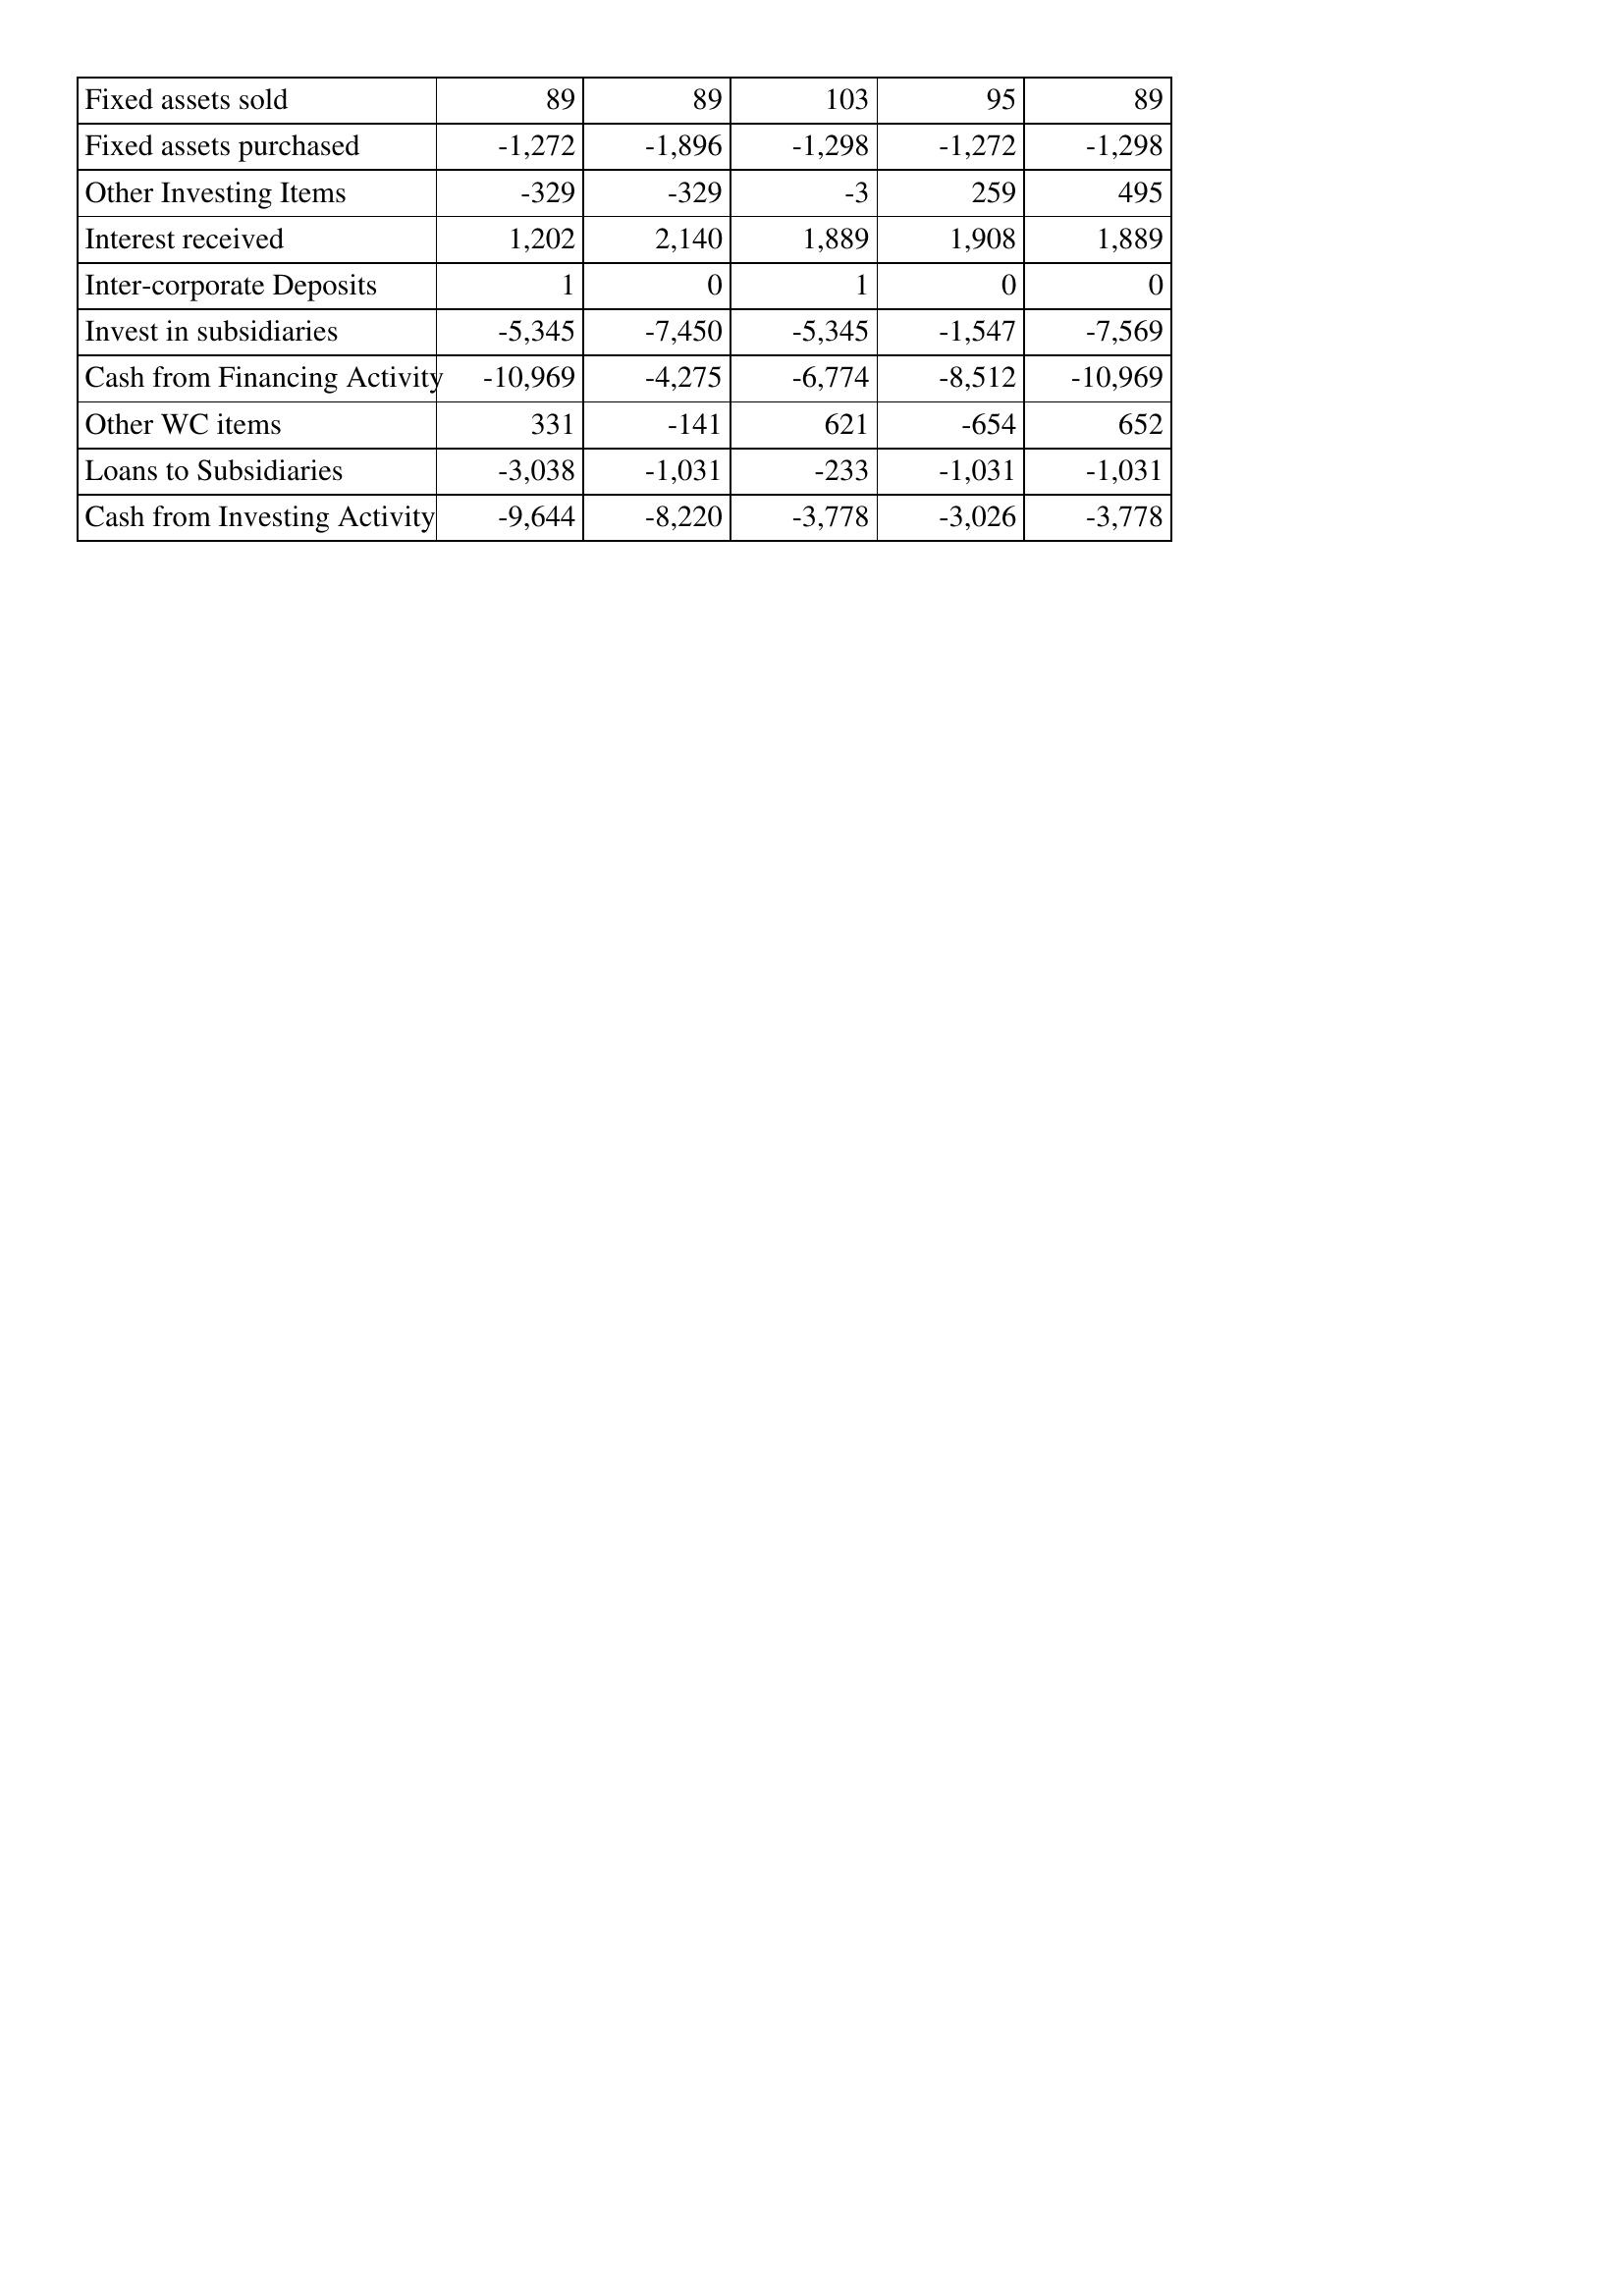
May-15: Cash Flows: Fixed assets sold: 89
Fixed assets purchased: -1,272
Other Investing Items: -329
Interest received: 1,202
Inter-corporate Deposits: 1
Invest in subsidiaries: -5,345
Cash from Financing Activity: -10,969
Other WC items: 331
Loans to Subsidiaries: -3,038
Cash from Investing Activity: -9,644
May-14: Cash Flows: Fixed assets sold: 89
Fixed assets purchased: -1,896
Other Investing Items: -329
Interest received: 2,140
Inter-corporate Deposits: 0
Invest in subsidiaries: -7,450
Cash from Financing Activity: -4,275
Other WC items: -141
Loans to Subsidiaries: -1,031
Cash from Investing Activity: -8,220
May-13: Cash Flows: Fixed assets sold: 103
Fixed assets purchased: -1,298
Other Investing Items: -3
Interest received: 1,889
Inter-corporate Deposits: 1
Invest in subsidiaries: -5,345
Cash from Financing Activity: -6,774
Other WC items: 621
Loans to Subsidiaries: -233
Cash from Investing Activity: -3,778
May-12: Cash Flows: Fixed assets sold: 95
Fixed assets purchased: -1,272
Other Investing Items: 259
Interest received: 1,908
Inter-corporate Deposits: 0
Invest in subsidiaries: -1,547
Cash from Financing Activity: -8,512
Other WC items: -654
Loans to Subsidiaries: -1,031
Cash from Investing Activity: -3,026
May-11: Cash Flows: Fixed assets sold: 89
Fixed assets purchased: -1,298
Other Investing Items: 495
Interest received: 1,889
Inter-corporate Deposits: 0
Invest in subsidiaries: -7,569
Cash from Financing Activity: -10,969
Other WC items: 652
Loans to Subsidiaries: -1,031
Cash from Investing Activity: -3,778